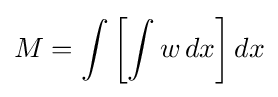
M=\int \left[\int w\,dx\right]dx